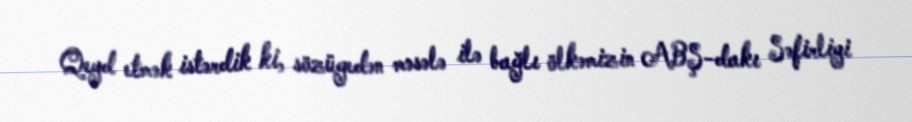
Qeyd etmək istərdik ki, sözügedən məsələ ilə bağlı ölkəmizin ABŞ-dakı Səfirliyi